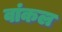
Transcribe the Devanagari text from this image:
वांकल